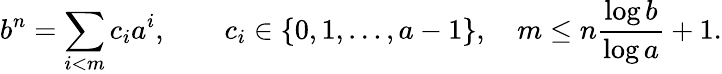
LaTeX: b^{n}=\sum_{i<m}c_{i}a^{i},\qquad c_{i}\in\{ 0,1,\ldots,a-1\} ,\quad m\leq n{\frac{\log b}{\log a}}+1.